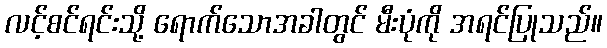
လင့်စင်ရင်းသို့ ရောက်သောအခါတွင် မီးပုံကို အရင်ပြုသည်။